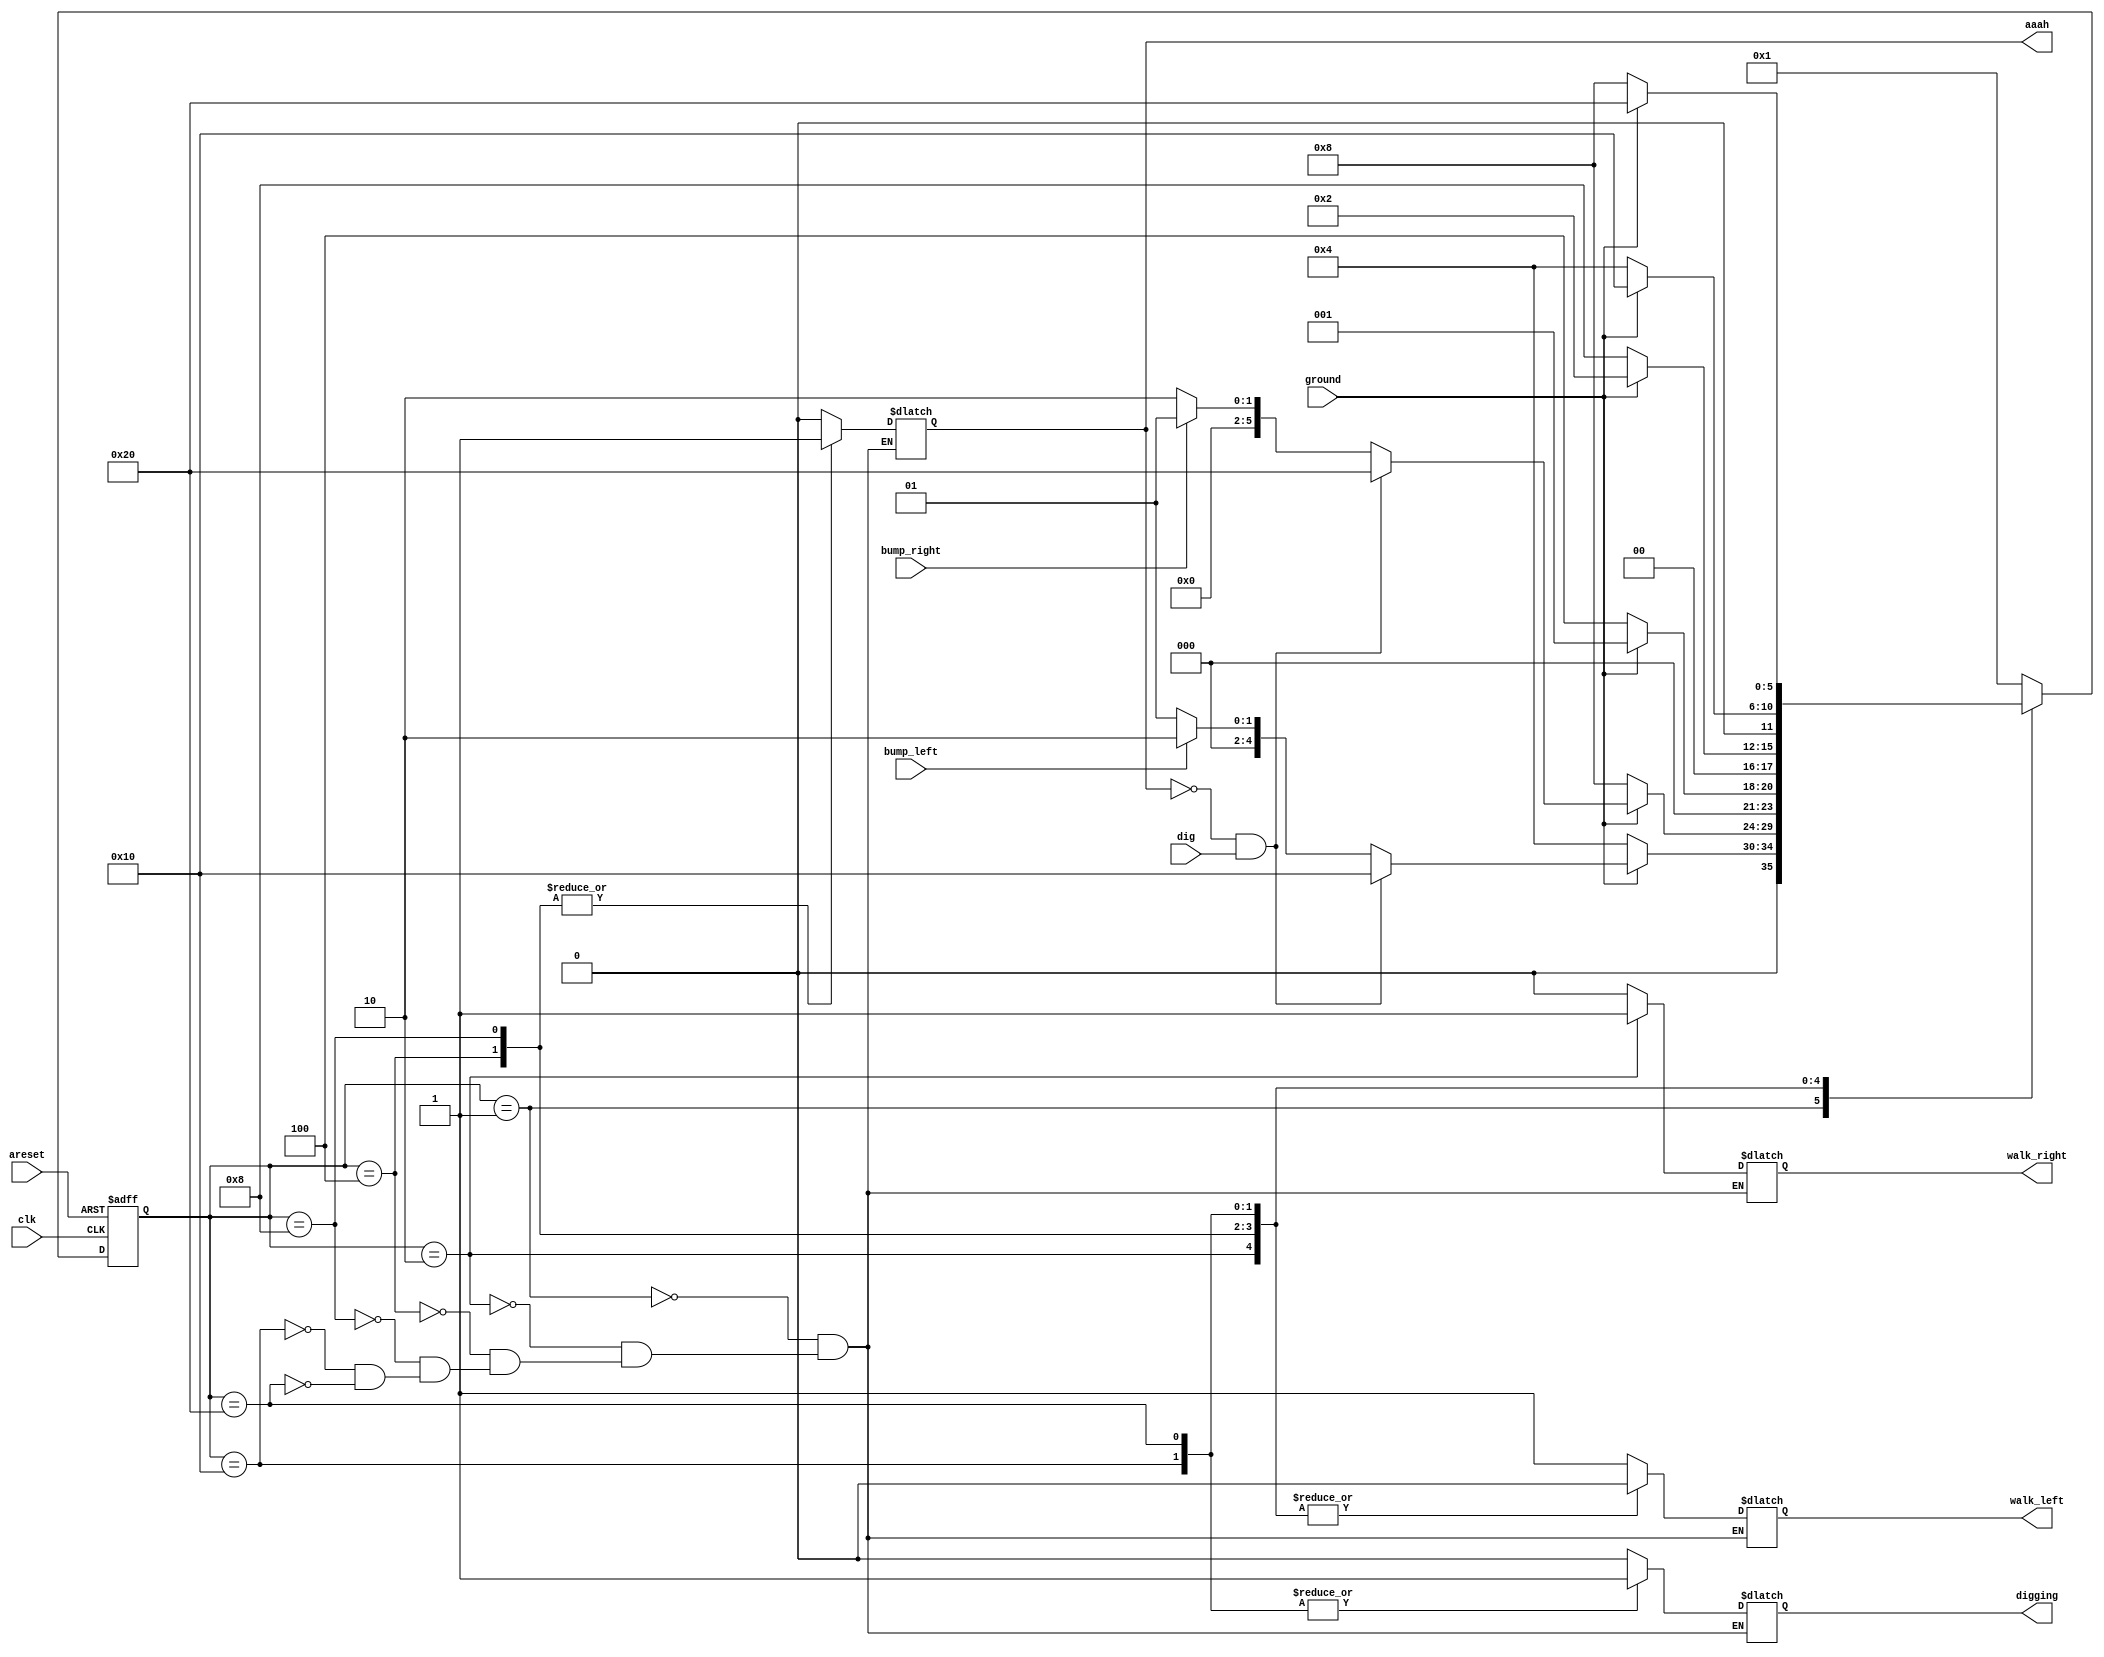
module top_module(
    input clk,
    input areset,    // Freshly brainwashed Lemmings walk left.
    input bump_left,
    input bump_right,
    input ground,
    input dig,
    output walk_left,
    output walk_right,
    output aaah,
    output digging ); 

    reg walk_left_reg;
    reg walk_right_reg;
    reg aaah_reg;
    reg digging_reg;

    reg [5:0] cstate;
    reg [5:0] nstate;

    parameter s1 = 6'b000001;//
    parameter s2 = 6'b000010;//
    parameter s3 = 6'b000100;//
    parameter s4 = 6'b001000;//
    parameter s5 = 6'b010000;//
    parameter s6 = 6'b100000;//

    always @(posedge clk or posedge areset)begin
        if(areset)begin
            cstate <= s1;
        end
        else begin
            cstate <= nstate;
        end
    end

    always @(*)begin
        nstate = s1;
        case (cstate)
            s1:begin
                if(ground)begin
                    if(~aaah && dig)begin
                        nstate = s5;
                    end
                    else if(bump_left) begin
                        nstate = s2;
                    end
                    else begin
                        nstate = s1;
                    end
                end
                else begin
                    nstate = s3;
                end
                walk_left_reg = 1'b1;
                walk_right_reg = 1'b0;
                aaah_reg = 1'b0;
                digging_reg = 1'b0;
            end

            s2:begin
                if(ground)begin
                    if(~aaah && dig)begin
                        nstate = s6;
                    end
                    else if(bump_right) begin
                        nstate = s1;
                    end
                    else begin
                        nstate = s2;
                    end
                end
                else begin
                    nstate = s4;
                end
                walk_left_reg = 1'b0;
                walk_right_reg = 1'b1;
                aaah_reg = 1'b0;
                digging_reg = 1'b0;
            end

            s3:begin
                if(ground)begin
                    nstate = s1;
                end
                else begin
                    nstate = s3;
                end
                walk_left_reg = 1'b0;
                walk_right_reg = 1'b0;
                aaah_reg = 1'b1;
                digging_reg = 1'b0;
            end

            s4:begin
                if(ground)begin
                    nstate = s2;
                end
                else begin
                    nstate = s4;
                end
                walk_left_reg = 1'b0;
                walk_right_reg = 1'b0;
                aaah_reg = 1'b1;
                digging_reg = 1'b0;
            end

            s5:begin
                if(ground)begin
                    nstate = s5;
                end
                else begin
                    nstate = s3;
                end
                walk_left_reg = 1'b0;
                walk_right_reg = 1'b0;
                aaah_reg = 1'b0;
                digging_reg = 1'b1;
            end

            s6:begin
                if(ground)begin
                    nstate = s6;
                end
                else begin
                    nstate = s4;
                end
                walk_left_reg = 1'b0;
                walk_right_reg = 1'b0;
                aaah_reg = 1'b0;
                digging_reg = 1'b1;
            end
            
            default:begin
                nstate = s1;
            end
        endcase
    end

    assign walk_left = walk_left_reg;
    assign walk_right = walk_right_reg;
    assign digging = digging_reg;
    assign aaah = aaah_reg;

endmodule